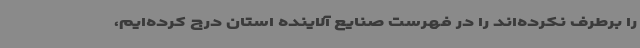
را برطرف نکرده‌اند را در فهرست صنایع آلاینده استان درج کرده‌ایم،